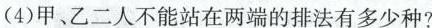
(4)甲、乙二人不能站在两端的排法有多少种?